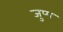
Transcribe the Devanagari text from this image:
जुप्प